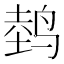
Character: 𱊀